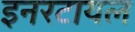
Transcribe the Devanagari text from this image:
इनरटायल